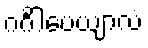
ဂင်္ဂါပေယျာလံ